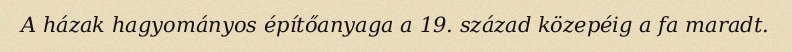
A házak hagyományos építőanyaga a 19. század közepéig a fa maradt.